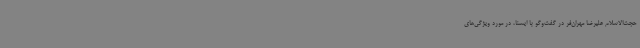
حجت‌الاسلام علیرضا مهران‌فر در گفت‌وگو با ایسنا، در مورد ویژگی‌های